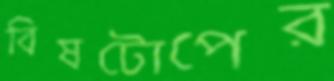
বিষটোপের